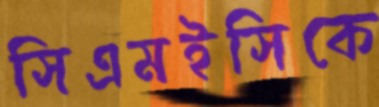
সিএমইসিকে